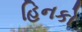
હિનકો